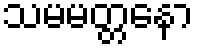
သမမတ္တနော